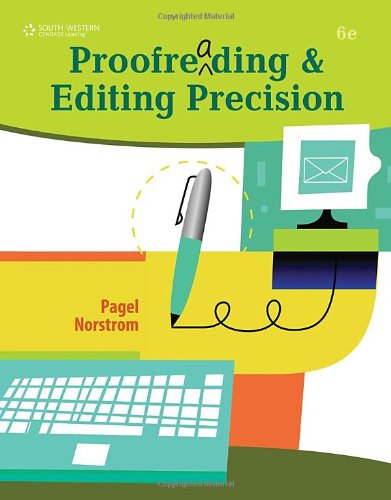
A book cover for Proofreading and Editing Precision (with CD-ROM); Larry G. Pagel; Business & Money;